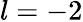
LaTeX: l=-2